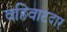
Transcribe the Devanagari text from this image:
वहिवाटदार